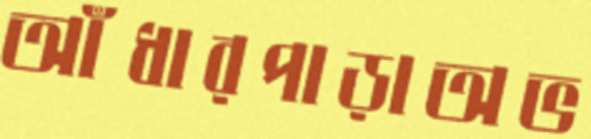
আঁধারপাড়াঅভ